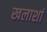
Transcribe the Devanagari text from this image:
खलाशां